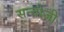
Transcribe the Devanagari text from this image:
सन्तोजी